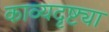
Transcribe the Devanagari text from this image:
काव्यदृष्ट्या